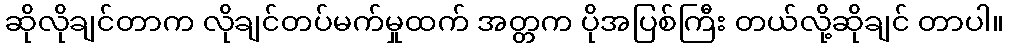
ဆိုလိုချင်တာက လိုချင်တပ်မက်မှုထက် အတ္တက ပိုအပြစ်ကြီး တယ်လို့ဆိုချင် တာပါ။